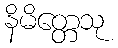
နိမိတ္တေသု